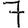
Digit: 7